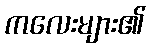
ကလေးများ၏